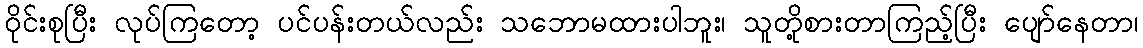
ဝိုင်းစုပြီး လုပ်ကြတော့ ပင်ပန်းတယ်လည်း သဘောမထားပါဘူး၊ သူတို့စားတာကြည့်ပြီး ပျော်နေတာ၊